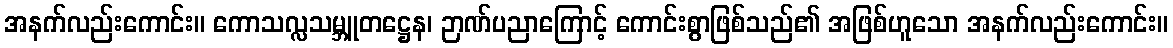
အနက်လည်းကောင်း။ ကောသလ္လသမ္ဘူတဋ္ဌေန၊ ဉာဏ်ပညာကြောင့် ကောင်းစွာဖြစ်သည်၏ အဖြစ်ဟူသော အနက်လည်းကောင်း။